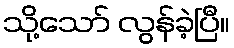
သို့သော် လွန်ခဲ့ပြီ။